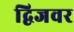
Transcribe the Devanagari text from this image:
द्विजवर